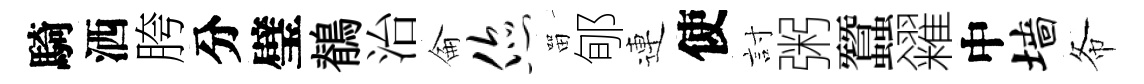
騎洒胯分璧鶺治侖您㽞郇連使討粥蠶糴中墙𢁙